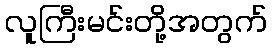
လူကြီးမင်းတို့အတွက်